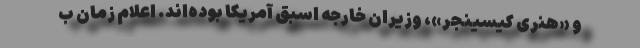
و «هنری کیسینجر»، وزیران خارجه اسبق آمریکا بوده‌اند. اعلام زمان ب